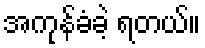
အကုန်ခံခဲ့ ရတယ်။